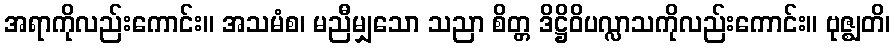
အရာကိုလည်းကောင်း။ အသမံစ၊ မညီမျှသော သညာ စိတ္တ ဒိဋ္ဌိဝိပလ္လာသကိုလည်းကောင်း။ ဗုဇ္ဈတိ၊